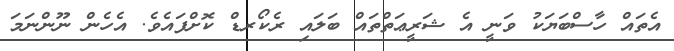
އެތައް ހާސްބަޔަކު ވަނީ އެ ޝަރީޢަތްތައް ބަލައި ރެކޯރޑް ކޮށްފައެވެ. އެހެން ނޫންނަމަ